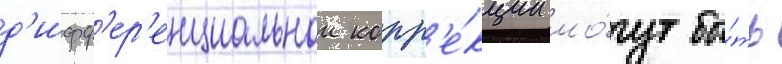
д'ифф'ер'енциальнои корр'е́кции мо́гут бы́ть